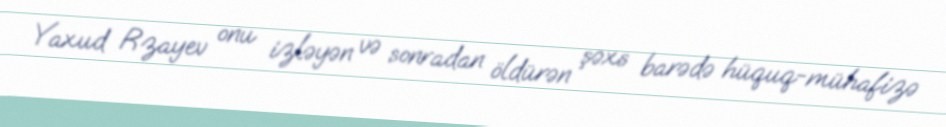
Yaxud Rzayev onu izləyən və sonradan öldürən şəxs barədə hüquq-mühafizə